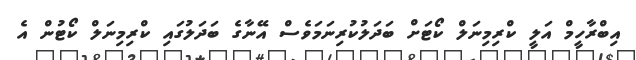
އިބްރާހީމް އަލީ ކްރިމިނަލް ކޯޓަށް ބަދަލުކުރިނަމަވެސް އޭނާގެ ބަދަލުގައި ކްރިމިނަލް ކޯޓުން އެ